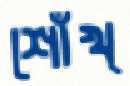
শোঁখ্‌